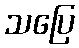
သပြေ